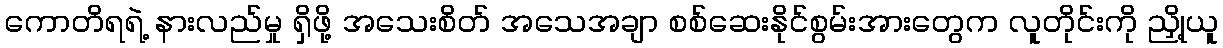
ကောတိရရဲ့ နားလည်မှု ရှိဖို့ အသေးစိတ် အသေအချာ စစ်ဆေးနိုင်စွမ်းအားတွေက လူတိုင်းကို ညှို့ယူ